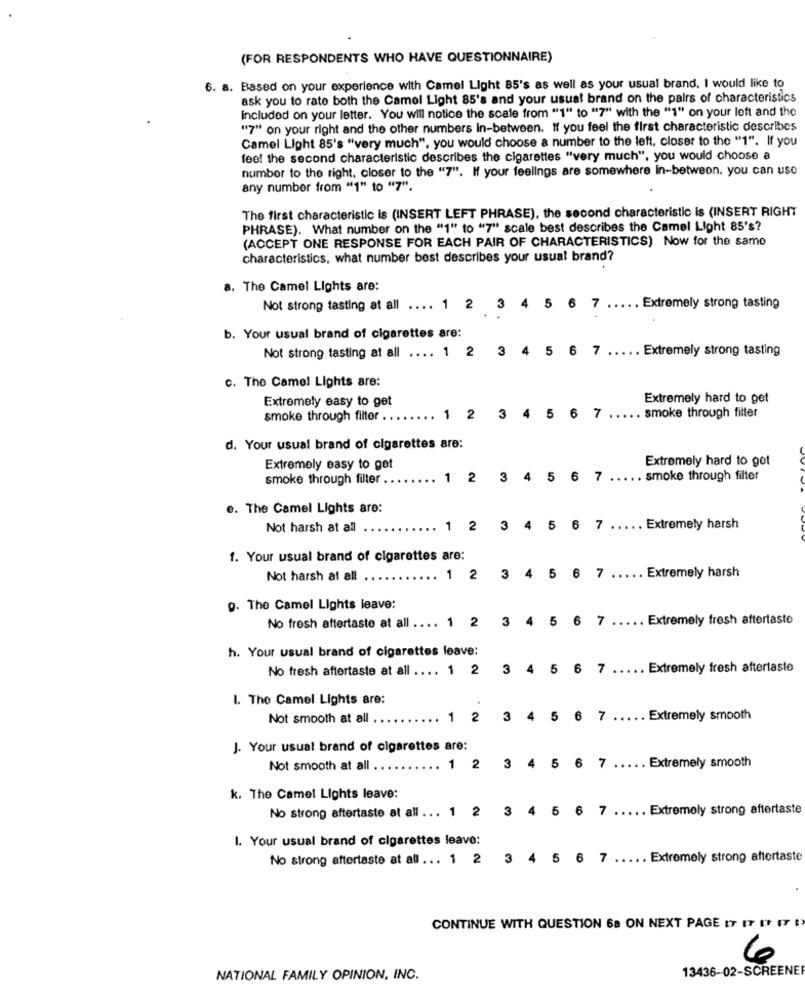
(FOR RESPONDENTS WHO HAVE QUESTIONNAIRE)
6. a. Based on your experience with Camel Light 85's as well as your usual brand, I would like to
ask you to rate both the Camel Light 85's and your usual brand on the pairs of characteristics
included on your letter. You will notice the scale from "1" to "7" with the "1" on your left and the
"7" on your right and the other numbers in-between. if you feel the first characteristic describes
Camel Light 85's "very much", you would choose a number to the left, closer to the "1". If you
feel the second characteristic describes the cigarettes "very much", you would choose a
number to the right, closer to the "7". If your feelings are somewhere In-between. you can use
any number from "1" to "7".
The first characteristic is (INSERT LEFT PHRASE), the second characteristic Is (INSERT RIGHT
PHRASE). What number on the "1" to "7" scale best describes the Camel Light 85's?
(ACCEPT ONE RESPONSE FOR EACH PAIR OF CHARACTERISTICS) Now for the same
characteristics, what number best describes your usual brand?
a. The Camel Lights are:
Not strong tasting at all .... 1 2 3 4 5 6 7 ....
Extremely strong tasting
b. Your usual brand of cigarettes are:
Not strong tasting at all .... 1 2 3 4 5 6 7
.. Extremely strong tasting
c. The Camel Lights are:
Extremely easy to get
Extremely hard to get
6
smoke through filter .
1
2
3
4
5
7
... smoke through filter
d. Your usual brand of cigarettes are:
Extremely hard to get
Extremely easy to get
smoke through filter .
1
2
3
4
5
6
7
. smoke through filter
e. The Camel Lights are:
Not harsh at all
1
2
3
4
5
6
7
Extremely harsh
1. Your usual brand of cigarettes are:
5
6
7
Extremely harsh
Not harsh af all
1 2
3
4
9. The Camel Lights leave:
No fresh aftertaste at all .... 1 2
3 4 5 6 7
Extremely fresh aftertaste
h. Your usual brand of cigarettes leave:
No fresh aftertaste at all .... 1 2
3 4 5 6 7
Extremely fresh aftertaste
I. The Camel Lights are:
Not smooth at all
1 2
3 4 5 6 7
.... Extremely smooth
J. Your usual brand of cigarettes are:
Not smooth at all
1 2
3 4 5
6 7 ..... Extremely smooth
k. The Camel Lights leave:
3 4 5
6
7
. Extremely strong aftertaste
No strong aftertaste at all ... 1 2
I. Your usual brand of cigarettes leave:
No strong aftertaste at all ... 1 2
3 4 5 6 7
Extremely strong aftertaste
CONTINUE WITH QUESTION 6a ON NEXT PAGE IT IT IF IT !)
6
13436-02-SCREENE
NATIONAL FAMILY OPINION, INC.